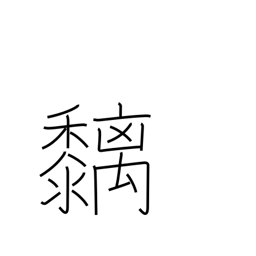
Meaning: bird-lime